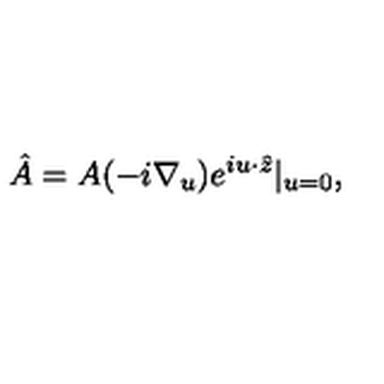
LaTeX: \hat { A } = A ( - i \nabla _ { u } ) e ^ { i u \cdot \hat { z } } | _ { u = 0 } ,